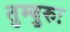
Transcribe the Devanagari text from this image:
तुम्बुरुः